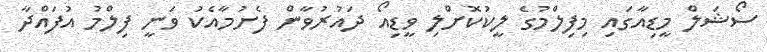
ސޯޝަލް މީޑިއާގައި މިފިލްމުގެ ލީކުކޮށްލި ވީޑިއޯ ދައުރުވާން ފެށުމާއެކު ވަނީ ފިލްމު އުފައްދާ